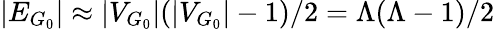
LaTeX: |E_{G_{0}}|\approx|V_{G_{0}}|(|V_{G_{0}}|-1)/2=\Lambda(\Lambda-1)/2